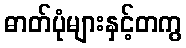
ဓာတ်ပုံများနှင့်တကွ